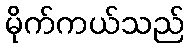
မိုက်ကယ်သည်